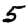
Digit: 5